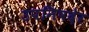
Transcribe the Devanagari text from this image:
उपनिषदेर